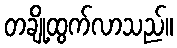
တချို့ထွက်လာသည်။